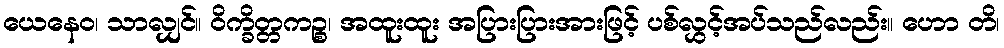
ယေနေဝ၊ သာလျှင်။ ဝိက္ခိတ္တကဉ္စ၊ အထူးထူး အပြားပြားအားဖြင့် ပစ်လွှင့်အပ်သည်လည်း။ ဟော တိ၊